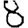
Digit: 8